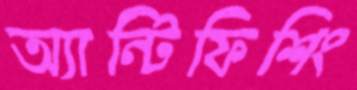
অ্যান্টিফিশিং